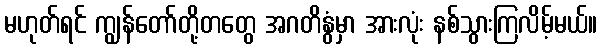
မဟုတ်ရင် ကျွန်တော်တို့တတွေ အဂတိနွံမှာ အားလုံး နစ်သွားကြလိမ့်မယ်။